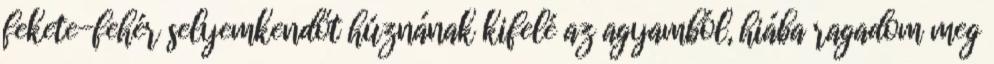
fekete-fehér selyemkendőt húznának kifelé az agyamból, hiába ragadom meg